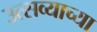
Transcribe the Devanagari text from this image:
उत्सव्याच्या